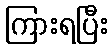
ကြားရပြီး